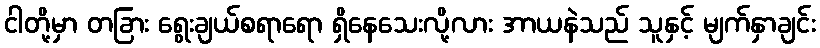
ငါတို့မှာ တခြား ရွေးချယ်စရာရော ရှိနေသေးလို့လား အာယနဲသည် သူနှင့် မျက်နှာချင်း